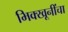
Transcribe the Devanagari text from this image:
भिक्खूनींचा